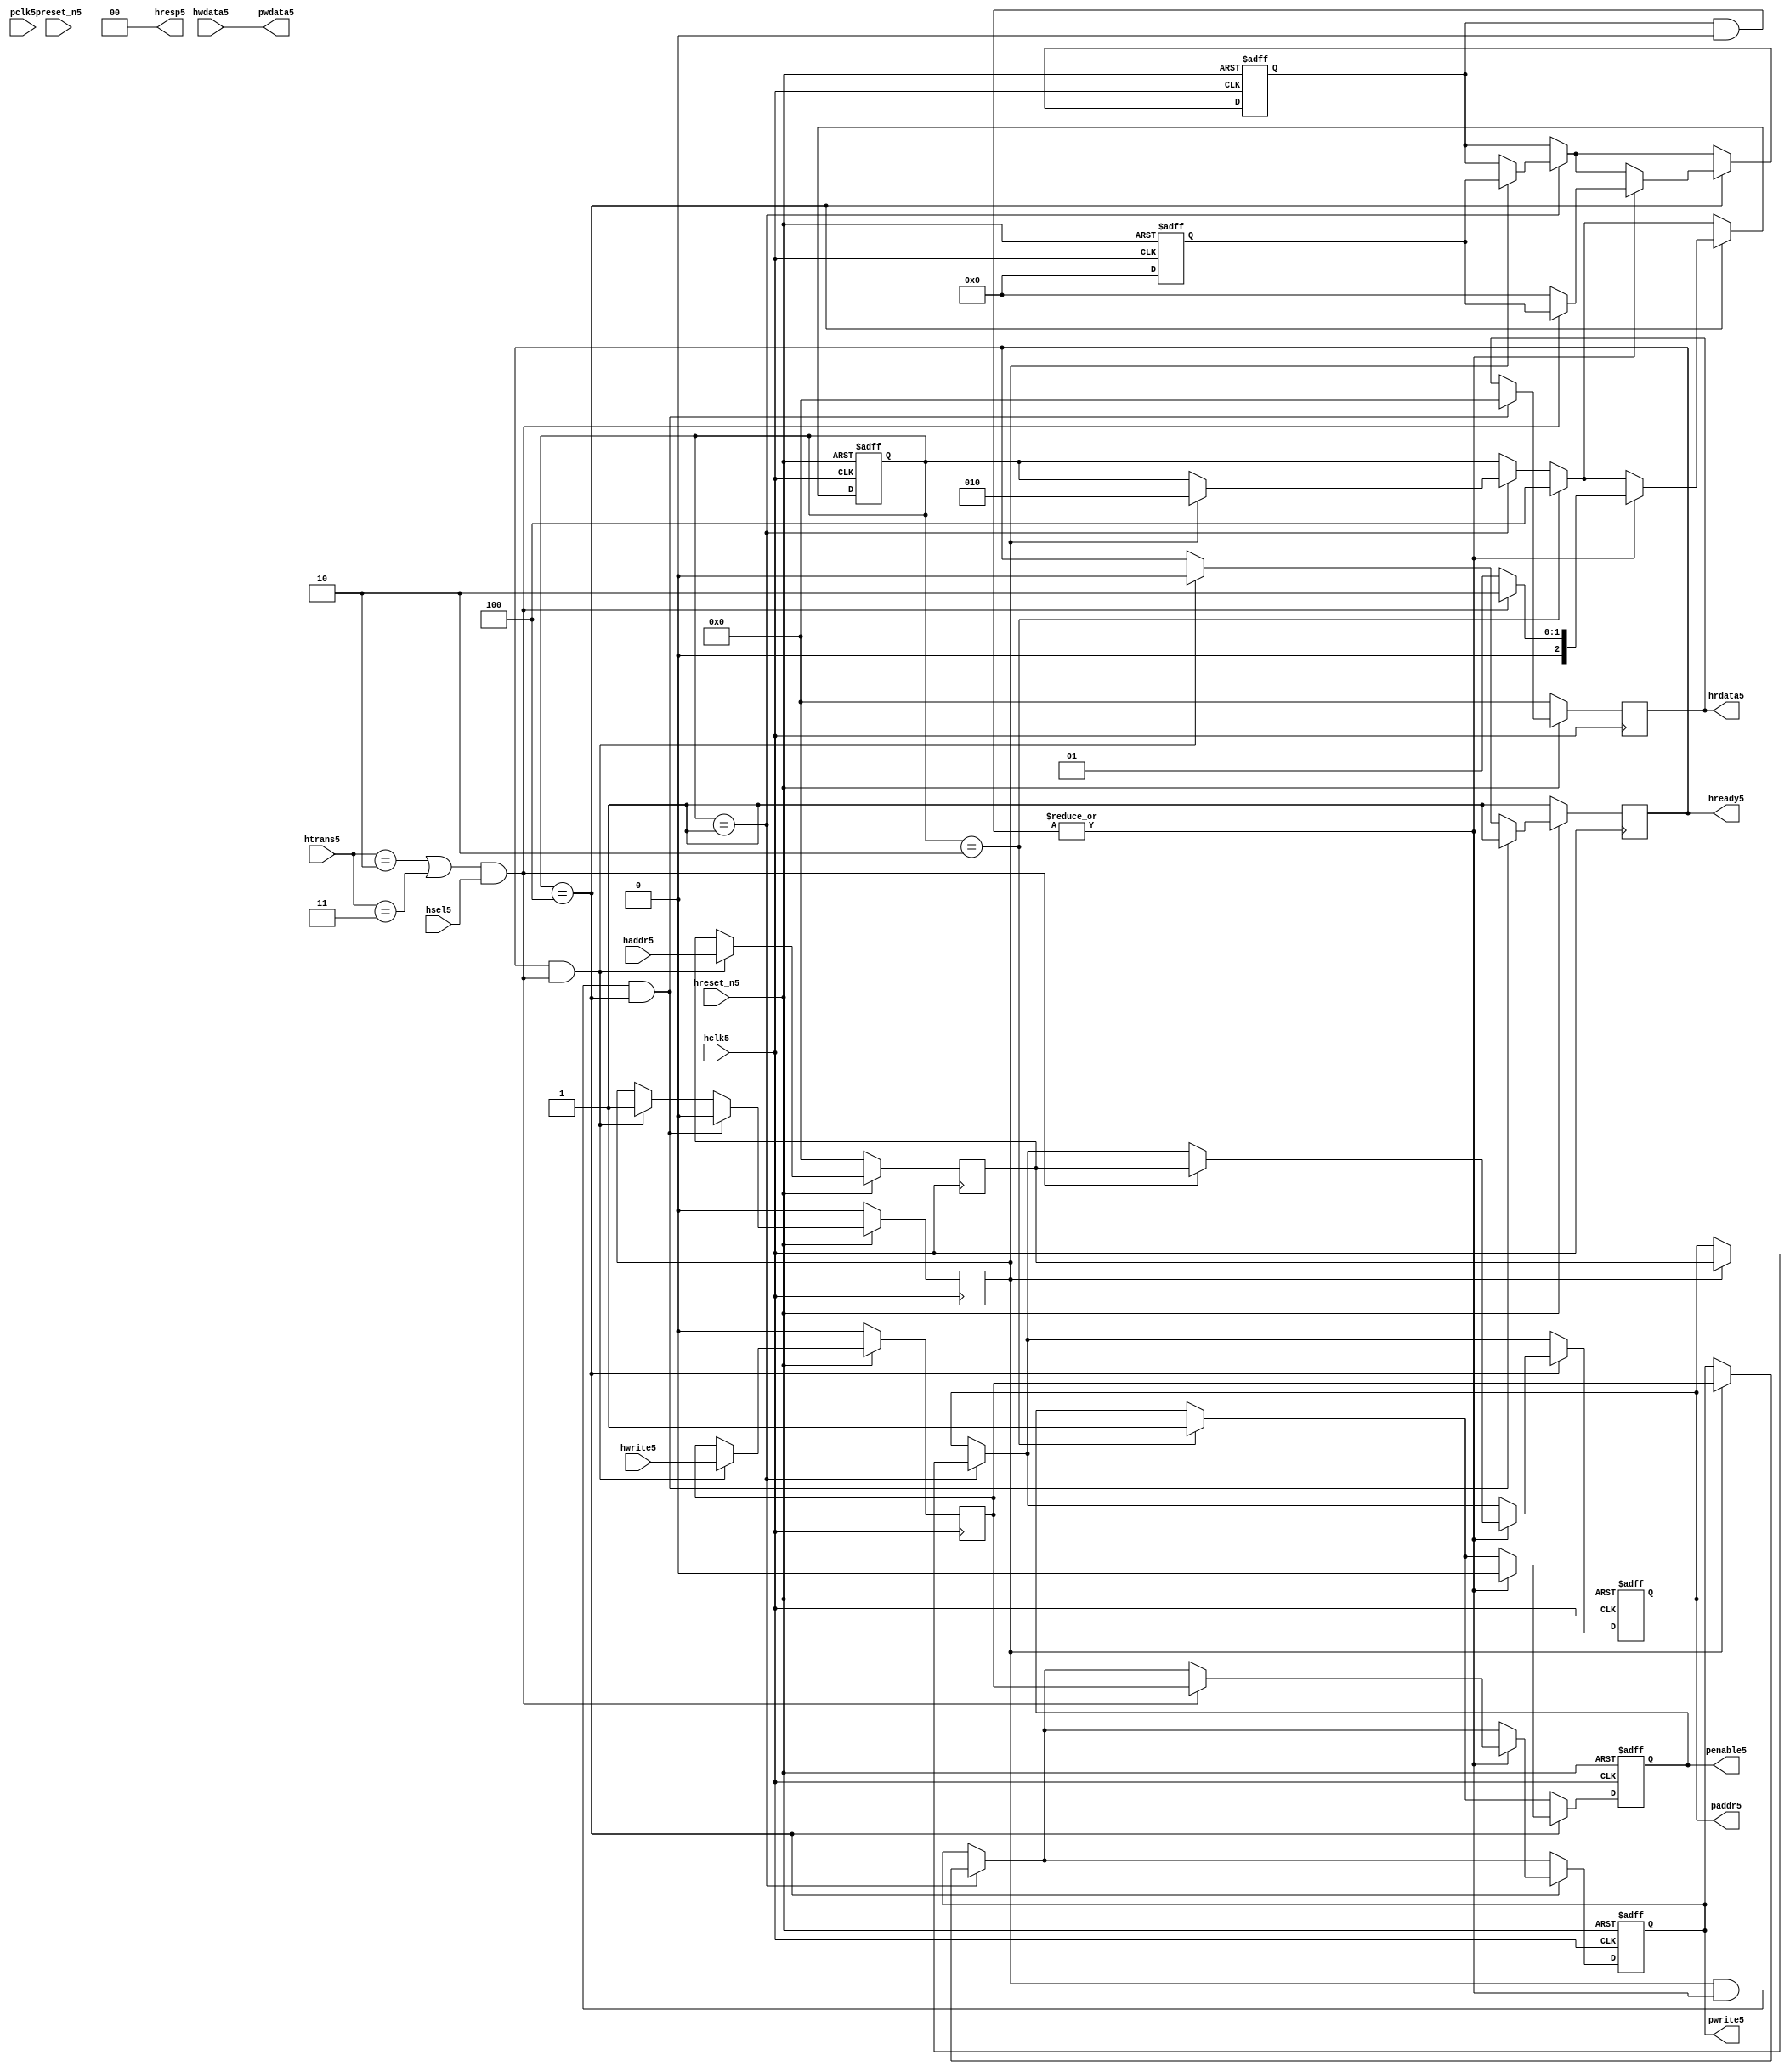
module ahb2apb5
(
  // AHB5 signals5
  hclk5,
  hreset_n5,
  hsel5,
  haddr5,
  htrans5,
  hwdata5,
  hwrite5,
  hrdata5,
  hready5,
  hresp5,
  
  // APB5 signals5 common to all APB5 slaves5
  pclk5,
  preset_n5,
  paddr5,
  penable5,
  pwrite5,
  pwdata5
  
  // Slave5 0 signals5
  `ifdef APB_SLAVE05
  ,psel05
  ,pready05
  ,prdata05
  `endif
  
  // Slave5 1 signals5
  `ifdef APB_SLAVE15
  ,psel15
  ,pready15
  ,prdata15
  `endif
  
  // Slave5 2 signals5
  `ifdef APB_SLAVE25
  ,psel25
  ,pready25
  ,prdata25
  `endif
  
  // Slave5 3 signals5
  `ifdef APB_SLAVE35
  ,psel35
  ,pready35
  ,prdata35
  `endif
  
  // Slave5 4 signals5
  `ifdef APB_SLAVE45
  ,psel45
  ,pready45
  ,prdata45
  `endif
  
  // Slave5 5 signals5
  `ifdef APB_SLAVE55
  ,psel55
  ,pready55
  ,prdata55
  `endif
  
  // Slave5 6 signals5
  `ifdef APB_SLAVE65
  ,psel65
  ,pready65
  ,prdata65
  `endif
  
  // Slave5 7 signals5
  `ifdef APB_SLAVE75
  ,psel75
  ,pready75
  ,prdata75
  `endif
  
  // Slave5 8 signals5
  `ifdef APB_SLAVE85
  ,psel85
  ,pready85
  ,prdata85
  `endif
  
  // Slave5 9 signals5
  `ifdef APB_SLAVE95
  ,psel95
  ,pready95
  ,prdata95
  `endif
  
  // Slave5 10 signals5
  `ifdef APB_SLAVE105
  ,psel105
  ,pready105
  ,prdata105
  `endif
  
  // Slave5 11 signals5
  `ifdef APB_SLAVE115
  ,psel115
  ,pready115
  ,prdata115
  `endif
  
  // Slave5 12 signals5
  `ifdef APB_SLAVE125
  ,psel125
  ,pready125
  ,prdata125
  `endif
  
  // Slave5 13 signals5
  `ifdef APB_SLAVE135
  ,psel135
  ,pready135
  ,prdata135
  `endif
  
  // Slave5 14 signals5
  `ifdef APB_SLAVE145
  ,psel145
  ,pready145
  ,prdata145
  `endif
  
  // Slave5 15 signals5
  `ifdef APB_SLAVE155
  ,psel155
  ,pready155
  ,prdata155
  `endif
  
);

parameter 
  APB_SLAVE0_START_ADDR5  = 32'h00000000,
  APB_SLAVE0_END_ADDR5    = 32'h00000000,
  APB_SLAVE1_START_ADDR5  = 32'h00000000,
  APB_SLAVE1_END_ADDR5    = 32'h00000000,
  APB_SLAVE2_START_ADDR5  = 32'h00000000,
  APB_SLAVE2_END_ADDR5    = 32'h00000000,
  APB_SLAVE3_START_ADDR5  = 32'h00000000,
  APB_SLAVE3_END_ADDR5    = 32'h00000000,
  APB_SLAVE4_START_ADDR5  = 32'h00000000,
  APB_SLAVE4_END_ADDR5    = 32'h00000000,
  APB_SLAVE5_START_ADDR5  = 32'h00000000,
  APB_SLAVE5_END_ADDR5    = 32'h00000000,
  APB_SLAVE6_START_ADDR5  = 32'h00000000,
  APB_SLAVE6_END_ADDR5    = 32'h00000000,
  APB_SLAVE7_START_ADDR5  = 32'h00000000,
  APB_SLAVE7_END_ADDR5    = 32'h00000000,
  APB_SLAVE8_START_ADDR5  = 32'h00000000,
  APB_SLAVE8_END_ADDR5    = 32'h00000000,
  APB_SLAVE9_START_ADDR5  = 32'h00000000,
  APB_SLAVE9_END_ADDR5    = 32'h00000000,
  APB_SLAVE10_START_ADDR5  = 32'h00000000,
  APB_SLAVE10_END_ADDR5    = 32'h00000000,
  APB_SLAVE11_START_ADDR5  = 32'h00000000,
  APB_SLAVE11_END_ADDR5    = 32'h00000000,
  APB_SLAVE12_START_ADDR5  = 32'h00000000,
  APB_SLAVE12_END_ADDR5    = 32'h00000000,
  APB_SLAVE13_START_ADDR5  = 32'h00000000,
  APB_SLAVE13_END_ADDR5    = 32'h00000000,
  APB_SLAVE14_START_ADDR5  = 32'h00000000,
  APB_SLAVE14_END_ADDR5    = 32'h00000000,
  APB_SLAVE15_START_ADDR5  = 32'h00000000,
  APB_SLAVE15_END_ADDR5    = 32'h00000000;

  // AHB5 signals5
input        hclk5;
input        hreset_n5;
input        hsel5;
input[31:0]  haddr5;
input[1:0]   htrans5;
input[31:0]  hwdata5;
input        hwrite5;
output[31:0] hrdata5;
reg   [31:0] hrdata5;
output       hready5;
output[1:0]  hresp5;
  
  // APB5 signals5 common to all APB5 slaves5
input       pclk5;
input       preset_n5;
output[31:0] paddr5;
reg   [31:0] paddr5;
output       penable5;
reg          penable5;
output       pwrite5;
reg          pwrite5;
output[31:0] pwdata5;
  
  // Slave5 0 signals5
`ifdef APB_SLAVE05
  output      psel05;
  input       pready05;
  input[31:0] prdata05;
`endif
  
  // Slave5 1 signals5
`ifdef APB_SLAVE15
  output      psel15;
  input       pready15;
  input[31:0] prdata15;
`endif
  
  // Slave5 2 signals5
`ifdef APB_SLAVE25
  output      psel25;
  input       pready25;
  input[31:0] prdata25;
`endif
  
  // Slave5 3 signals5
`ifdef APB_SLAVE35
  output      psel35;
  input       pready35;
  input[31:0] prdata35;
`endif
  
  // Slave5 4 signals5
`ifdef APB_SLAVE45
  output      psel45;
  input       pready45;
  input[31:0] prdata45;
`endif
  
  // Slave5 5 signals5
`ifdef APB_SLAVE55
  output      psel55;
  input       pready55;
  input[31:0] prdata55;
`endif
  
  // Slave5 6 signals5
`ifdef APB_SLAVE65
  output      psel65;
  input       pready65;
  input[31:0] prdata65;
`endif
  
  // Slave5 7 signals5
`ifdef APB_SLAVE75
  output      psel75;
  input       pready75;
  input[31:0] prdata75;
`endif
  
  // Slave5 8 signals5
`ifdef APB_SLAVE85
  output      psel85;
  input       pready85;
  input[31:0] prdata85;
`endif
  
  // Slave5 9 signals5
`ifdef APB_SLAVE95
  output      psel95;
  input       pready95;
  input[31:0] prdata95;
`endif
  
  // Slave5 10 signals5
`ifdef APB_SLAVE105
  output      psel105;
  input       pready105;
  input[31:0] prdata105;
`endif
  
  // Slave5 11 signals5
`ifdef APB_SLAVE115
  output      psel115;
  input       pready115;
  input[31:0] prdata115;
`endif
  
  // Slave5 12 signals5
`ifdef APB_SLAVE125
  output      psel125;
  input       pready125;
  input[31:0] prdata125;
`endif
  
  // Slave5 13 signals5
`ifdef APB_SLAVE135
  output      psel135;
  input       pready135;
  input[31:0] prdata135;
`endif
  
  // Slave5 14 signals5
`ifdef APB_SLAVE145
  output      psel145;
  input       pready145;
  input[31:0] prdata145;
`endif
  
  // Slave5 15 signals5
`ifdef APB_SLAVE155
  output      psel155;
  input       pready155;
  input[31:0] prdata155;
`endif
 
reg         ahb_addr_phase5;
reg         ahb_data_phase5;
wire        valid_ahb_trans5;
wire        pready_muxed5;
wire [31:0] prdata_muxed5;
reg  [31:0] haddr_reg5;
reg         hwrite_reg5;
reg  [2:0]  apb_state5;
wire [2:0]  apb_state_idle5;
wire [2:0]  apb_state_setup5;
wire [2:0]  apb_state_access5;
reg  [15:0] slave_select5;
wire [15:0] pready_vector5;
reg  [15:0] psel_vector5;
wire [31:0] prdata0_q5;
wire [31:0] prdata1_q5;
wire [31:0] prdata2_q5;
wire [31:0] prdata3_q5;
wire [31:0] prdata4_q5;
wire [31:0] prdata5_q5;
wire [31:0] prdata6_q5;
wire [31:0] prdata7_q5;
wire [31:0] prdata8_q5;
wire [31:0] prdata9_q5;
wire [31:0] prdata10_q5;
wire [31:0] prdata11_q5;
wire [31:0] prdata12_q5;
wire [31:0] prdata13_q5;
wire [31:0] prdata14_q5;
wire [31:0] prdata15_q5;

// assign pclk5     = hclk5;
// assign preset_n5 = hreset_n5;
assign hready5   = ahb_addr_phase5;
assign pwdata5   = hwdata5;
assign hresp5  = 2'b00;

// Respond5 to NONSEQ5 or SEQ transfers5
assign valid_ahb_trans5 = ((htrans5 == 2'b10) || (htrans5 == 2'b11)) && (hsel5 == 1'b1);

always @(posedge hclk5) begin
  if (hreset_n5 == 1'b0) begin
    ahb_addr_phase5 <= 1'b1;
    ahb_data_phase5 <= 1'b0;
    haddr_reg5      <= 'b0;
    hwrite_reg5     <= 1'b0;
    hrdata5         <= 'b0;
  end
  else begin
    if (ahb_addr_phase5 == 1'b1 && valid_ahb_trans5 == 1'b1) begin
      ahb_addr_phase5 <= 1'b0;
      ahb_data_phase5 <= 1'b1;
      haddr_reg5      <= haddr5;
      hwrite_reg5     <= hwrite5;
    end
    if (ahb_data_phase5 == 1'b1 && pready_muxed5 == 1'b1 && apb_state5 == apb_state_access5) begin
      ahb_addr_phase5 <= 1'b1;
      ahb_data_phase5 <= 1'b0;
      hrdata5         <= prdata_muxed5;
    end
  end
end

// APB5 state machine5 state definitions5
assign apb_state_idle5   = 3'b001;
assign apb_state_setup5  = 3'b010;
assign apb_state_access5 = 3'b100;

// APB5 state machine5
always @(posedge hclk5 or negedge hreset_n5) begin
  if (hreset_n5 == 1'b0) begin
    apb_state5   <= apb_state_idle5;
    psel_vector5 <= 1'b0;
    penable5     <= 1'b0;
    paddr5       <= 1'b0;
    pwrite5      <= 1'b0;
  end  
  else begin
    
    // IDLE5 -> SETUP5
    if (apb_state5 == apb_state_idle5) begin
      if (ahb_data_phase5 == 1'b1) begin
        apb_state5   <= apb_state_setup5;
        psel_vector5 <= slave_select5;
        paddr5       <= haddr_reg5;
        pwrite5      <= hwrite_reg5;
      end  
    end
    
    // SETUP5 -> TRANSFER5
    if (apb_state5 == apb_state_setup5) begin
      apb_state5 <= apb_state_access5;
      penable5   <= 1'b1;
    end
    
    // TRANSFER5 -> SETUP5 or
    // TRANSFER5 -> IDLE5
    if (apb_state5 == apb_state_access5) begin
      if (pready_muxed5 == 1'b1) begin
      
        // TRANSFER5 -> SETUP5
        if (valid_ahb_trans5 == 1'b1) begin
          apb_state5   <= apb_state_setup5;
          penable5     <= 1'b0;
          psel_vector5 <= slave_select5;
          paddr5       <= haddr_reg5;
          pwrite5      <= hwrite_reg5;
        end  
        
        // TRANSFER5 -> IDLE5
        else begin
          apb_state5   <= apb_state_idle5;      
          penable5     <= 1'b0;
          psel_vector5 <= 'b0;
        end  
      end
    end
    
  end
end

always @(posedge hclk5 or negedge hreset_n5) begin
  if (hreset_n5 == 1'b0)
    slave_select5 <= 'b0;
  else begin  
  `ifdef APB_SLAVE05
     slave_select5[0]   <= valid_ahb_trans5 && (haddr5 >= APB_SLAVE0_START_ADDR5)  && (haddr5 <= APB_SLAVE0_END_ADDR5);
   `else
     slave_select5[0]   <= 1'b0;
   `endif
   
   `ifdef APB_SLAVE15
     slave_select5[1]   <= valid_ahb_trans5 && (haddr5 >= APB_SLAVE1_START_ADDR5)  && (haddr5 <= APB_SLAVE1_END_ADDR5);
   `else
     slave_select5[1]   <= 1'b0;
   `endif  
     
   `ifdef APB_SLAVE25  
     slave_select5[2]   <= valid_ahb_trans5 && (haddr5 >= APB_SLAVE2_START_ADDR5)  && (haddr5 <= APB_SLAVE2_END_ADDR5);
   `else
     slave_select5[2]   <= 1'b0;
   `endif  
     
   `ifdef APB_SLAVE35  
     slave_select5[3]   <= valid_ahb_trans5 && (haddr5 >= APB_SLAVE3_START_ADDR5)  && (haddr5 <= APB_SLAVE3_END_ADDR5);
   `else
     slave_select5[3]   <= 1'b0;
   `endif  
     
   `ifdef APB_SLAVE45  
     slave_select5[4]   <= valid_ahb_trans5 && (haddr5 >= APB_SLAVE4_START_ADDR5)  && (haddr5 <= APB_SLAVE4_END_ADDR5);
   `else
     slave_select5[4]   <= 1'b0;
   `endif  
     
   `ifdef APB_SLAVE55  
     slave_select5[5]   <= valid_ahb_trans5 && (haddr5 >= APB_SLAVE5_START_ADDR5)  && (haddr5 <= APB_SLAVE5_END_ADDR5);
   `else
     slave_select5[5]   <= 1'b0;
   `endif  
     
   `ifdef APB_SLAVE65  
     slave_select5[6]   <= valid_ahb_trans5 && (haddr5 >= APB_SLAVE6_START_ADDR5)  && (haddr5 <= APB_SLAVE6_END_ADDR5);
   `else
     slave_select5[6]   <= 1'b0;
   `endif  
     
   `ifdef APB_SLAVE75  
     slave_select5[7]   <= valid_ahb_trans5 && (haddr5 >= APB_SLAVE7_START_ADDR5)  && (haddr5 <= APB_SLAVE7_END_ADDR5);
   `else
     slave_select5[7]   <= 1'b0;
   `endif  
     
   `ifdef APB_SLAVE85  
     slave_select5[8]   <= valid_ahb_trans5 && (haddr5 >= APB_SLAVE8_START_ADDR5)  && (haddr5 <= APB_SLAVE8_END_ADDR5);
   `else
     slave_select5[8]   <= 1'b0;
   `endif  
     
   `ifdef APB_SLAVE95  
     slave_select5[9]   <= valid_ahb_trans5 && (haddr5 >= APB_SLAVE9_START_ADDR5)  && (haddr5 <= APB_SLAVE9_END_ADDR5);
   `else
     slave_select5[9]   <= 1'b0;
   `endif  
     
   `ifdef APB_SLAVE105  
     slave_select5[10]  <= valid_ahb_trans5 && (haddr5 >= APB_SLAVE10_START_ADDR5) && (haddr5 <= APB_SLAVE10_END_ADDR5);
   `else
     slave_select5[10]   <= 1'b0;
   `endif  
     
   `ifdef APB_SLAVE115  
     slave_select5[11]  <= valid_ahb_trans5 && (haddr5 >= APB_SLAVE11_START_ADDR5) && (haddr5 <= APB_SLAVE11_END_ADDR5);
   `else
     slave_select5[11]   <= 1'b0;
   `endif  
     
   `ifdef APB_SLAVE125  
     slave_select5[12]  <= valid_ahb_trans5 && (haddr5 >= APB_SLAVE12_START_ADDR5) && (haddr5 <= APB_SLAVE12_END_ADDR5);
   `else
     slave_select5[12]   <= 1'b0;
   `endif  
     
   `ifdef APB_SLAVE135  
     slave_select5[13]  <= valid_ahb_trans5 && (haddr5 >= APB_SLAVE13_START_ADDR5) && (haddr5 <= APB_SLAVE13_END_ADDR5);
   `else
     slave_select5[13]   <= 1'b0;
   `endif  
     
   `ifdef APB_SLAVE145  
     slave_select5[14]  <= valid_ahb_trans5 && (haddr5 >= APB_SLAVE14_START_ADDR5) && (haddr5 <= APB_SLAVE14_END_ADDR5);
   `else
     slave_select5[14]   <= 1'b0;
   `endif  
     
   `ifdef APB_SLAVE155  
     slave_select5[15]  <= valid_ahb_trans5 && (haddr5 >= APB_SLAVE15_START_ADDR5) && (haddr5 <= APB_SLAVE15_END_ADDR5);
   `else
     slave_select5[15]   <= 1'b0;
   `endif  
  end
end

assign pready_muxed5 = |(psel_vector5 & pready_vector5);
assign prdata_muxed5 = prdata0_q5  | prdata1_q5  | prdata2_q5  | prdata3_q5  |
                      prdata4_q5  | prdata5_q5  | prdata6_q5  | prdata7_q5  |
                      prdata8_q5  | prdata9_q5  | prdata10_q5 | prdata11_q5 |
                      prdata12_q5 | prdata13_q5 | prdata14_q5 | prdata15_q5 ;

`ifdef APB_SLAVE05
  assign psel05            = psel_vector5[0];
  assign pready_vector5[0] = pready05;
  assign prdata0_q5        = (psel05 == 1'b1) ? prdata05 : 'b0;
`else
  assign pready_vector5[0] = 1'b0;
  assign prdata0_q5        = 'b0;
`endif

`ifdef APB_SLAVE15
  assign psel15            = psel_vector5[1];
  assign pready_vector5[1] = pready15;
  assign prdata1_q5        = (psel15 == 1'b1) ? prdata15 : 'b0;
`else
  assign pready_vector5[1] = 1'b0;
  assign prdata1_q5        = 'b0;
`endif

`ifdef APB_SLAVE25
  assign psel25            = psel_vector5[2];
  assign pready_vector5[2] = pready25;
  assign prdata2_q5        = (psel25 == 1'b1) ? prdata25 : 'b0;
`else
  assign pready_vector5[2] = 1'b0;
  assign prdata2_q5        = 'b0;
`endif

`ifdef APB_SLAVE35
  assign psel35            = psel_vector5[3];
  assign pready_vector5[3] = pready35;
  assign prdata3_q5        = (psel35 == 1'b1) ? prdata35 : 'b0;
`else
  assign pready_vector5[3] = 1'b0;
  assign prdata3_q5        = 'b0;
`endif

`ifdef APB_SLAVE45
  assign psel45            = psel_vector5[4];
  assign pready_vector5[4] = pready45;
  assign prdata4_q5        = (psel45 == 1'b1) ? prdata45 : 'b0;
`else
  assign pready_vector5[4] = 1'b0;
  assign prdata4_q5        = 'b0;
`endif

`ifdef APB_SLAVE55
  assign psel55            = psel_vector5[5];
  assign pready_vector5[5] = pready55;
  assign prdata5_q5        = (psel55 == 1'b1) ? prdata55 : 'b0;
`else
  assign pready_vector5[5] = 1'b0;
  assign prdata5_q5        = 'b0;
`endif

`ifdef APB_SLAVE65
  assign psel65            = psel_vector5[6];
  assign pready_vector5[6] = pready65;
  assign prdata6_q5        = (psel65 == 1'b1) ? prdata65 : 'b0;
`else
  assign pready_vector5[6] = 1'b0;
  assign prdata6_q5        = 'b0;
`endif

`ifdef APB_SLAVE75
  assign psel75            = psel_vector5[7];
  assign pready_vector5[7] = pready75;
  assign prdata7_q5        = (psel75 == 1'b1) ? prdata75 : 'b0;
`else
  assign pready_vector5[7] = 1'b0;
  assign prdata7_q5        = 'b0;
`endif

`ifdef APB_SLAVE85
  assign psel85            = psel_vector5[8];
  assign pready_vector5[8] = pready85;
  assign prdata8_q5        = (psel85 == 1'b1) ? prdata85 : 'b0;
`else
  assign pready_vector5[8] = 1'b0;
  assign prdata8_q5        = 'b0;
`endif

`ifdef APB_SLAVE95
  assign psel95            = psel_vector5[9];
  assign pready_vector5[9] = pready95;
  assign prdata9_q5        = (psel95 == 1'b1) ? prdata95 : 'b0;
`else
  assign pready_vector5[9] = 1'b0;
  assign prdata9_q5        = 'b0;
`endif

`ifdef APB_SLAVE105
  assign psel105            = psel_vector5[10];
  assign pready_vector5[10] = pready105;
  assign prdata10_q5        = (psel105 == 1'b1) ? prdata105 : 'b0;
`else
  assign pready_vector5[10] = 1'b0;
  assign prdata10_q5        = 'b0;
`endif

`ifdef APB_SLAVE115
  assign psel115            = psel_vector5[11];
  assign pready_vector5[11] = pready115;
  assign prdata11_q5        = (psel115 == 1'b1) ? prdata115 : 'b0;
`else
  assign pready_vector5[11] = 1'b0;
  assign prdata11_q5        = 'b0;
`endif

`ifdef APB_SLAVE125
  assign psel125            = psel_vector5[12];
  assign pready_vector5[12] = pready125;
  assign prdata12_q5        = (psel125 == 1'b1) ? prdata125 : 'b0;
`else
  assign pready_vector5[12] = 1'b0;
  assign prdata12_q5        = 'b0;
`endif

`ifdef APB_SLAVE135
  assign psel135            = psel_vector5[13];
  assign pready_vector5[13] = pready135;
  assign prdata13_q5        = (psel135 == 1'b1) ? prdata135 : 'b0;
`else
  assign pready_vector5[13] = 1'b0;
  assign prdata13_q5        = 'b0;
`endif

`ifdef APB_SLAVE145
  assign psel145            = psel_vector5[14];
  assign pready_vector5[14] = pready145;
  assign prdata14_q5        = (psel145 == 1'b1) ? prdata145 : 'b0;
`else
  assign pready_vector5[14] = 1'b0;
  assign prdata14_q5        = 'b0;
`endif

`ifdef APB_SLAVE155
  assign psel155            = psel_vector5[15];
  assign pready_vector5[15] = pready155;
  assign prdata15_q5        = (psel155 == 1'b1) ? prdata155 : 'b0;
`else
  assign pready_vector5[15] = 1'b0;
  assign prdata15_q5        = 'b0;
`endif

endmodule